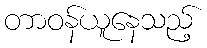
တာဝန်ယူနေသည့်